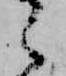
ゝ